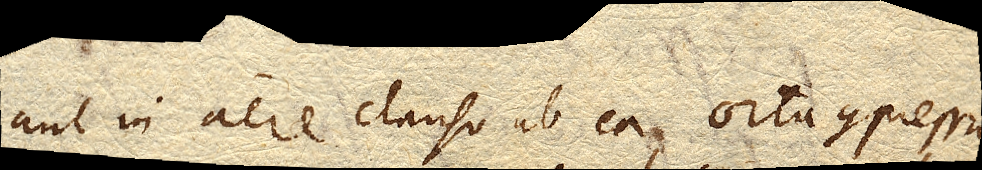
aut in aere clauso ab ea orta compressio